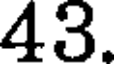
43.